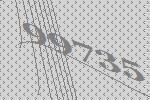
99735